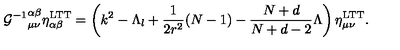
{ { \cal G } ^ { - 1 } } _ { \mu \nu } ^ { \alpha \beta } \eta _ { \alpha \beta } ^ { \mathrm { L T T } } = \left( k ^ { 2 } - \Lambda _ { l } + \frac { 1 } { 2 r ^ { 2 } } ( N - 1 ) - \frac { N + d } { N + d - 2 } \Lambda \right) \eta _ { \mu \nu } ^ { \mathrm { L T T } } .